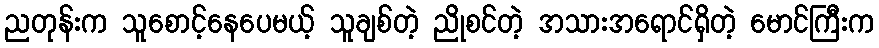
ညတုန်းက သူစောင့်နေပေမယ့် သူချစ်တဲ့ ညိုစင်တဲ့ အသားအရောင်ရှိတဲ့ မောင်ကြီးက